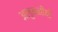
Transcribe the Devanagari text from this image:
अलुमनीयों